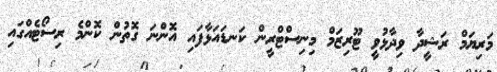
މަރިޔަމް ރަޝީދާ ވިދާޅުވީ ޓޫރިޒަމް މިނިސްޓްރީން ކަނޑައަޅާފައި އޮންނަ ގޮތުން ކޮންމެ ރިސޯޓެއްގައި